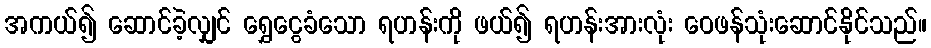
အကယ်၍ ဆောင်ခဲ့လျှင် ရွှေငွေခံသော ရဟန်းကို ဖယ်၍ ရဟန်းအားလုံး ဝေဖန်သုံးဆောင်နိုင်သည်။